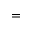
{ } = { }